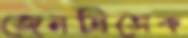
জেনদ্রিসেক